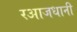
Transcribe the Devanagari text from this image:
रआजधानी